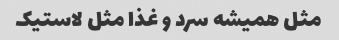
مثل همیشه سرد و غذا مثل لاستیک